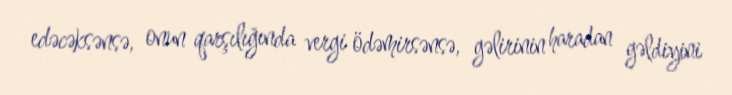
edəcəksənsə, onun qarşılığında vergi ödəmirsənsə, gəlirinin haradan gəldiyini